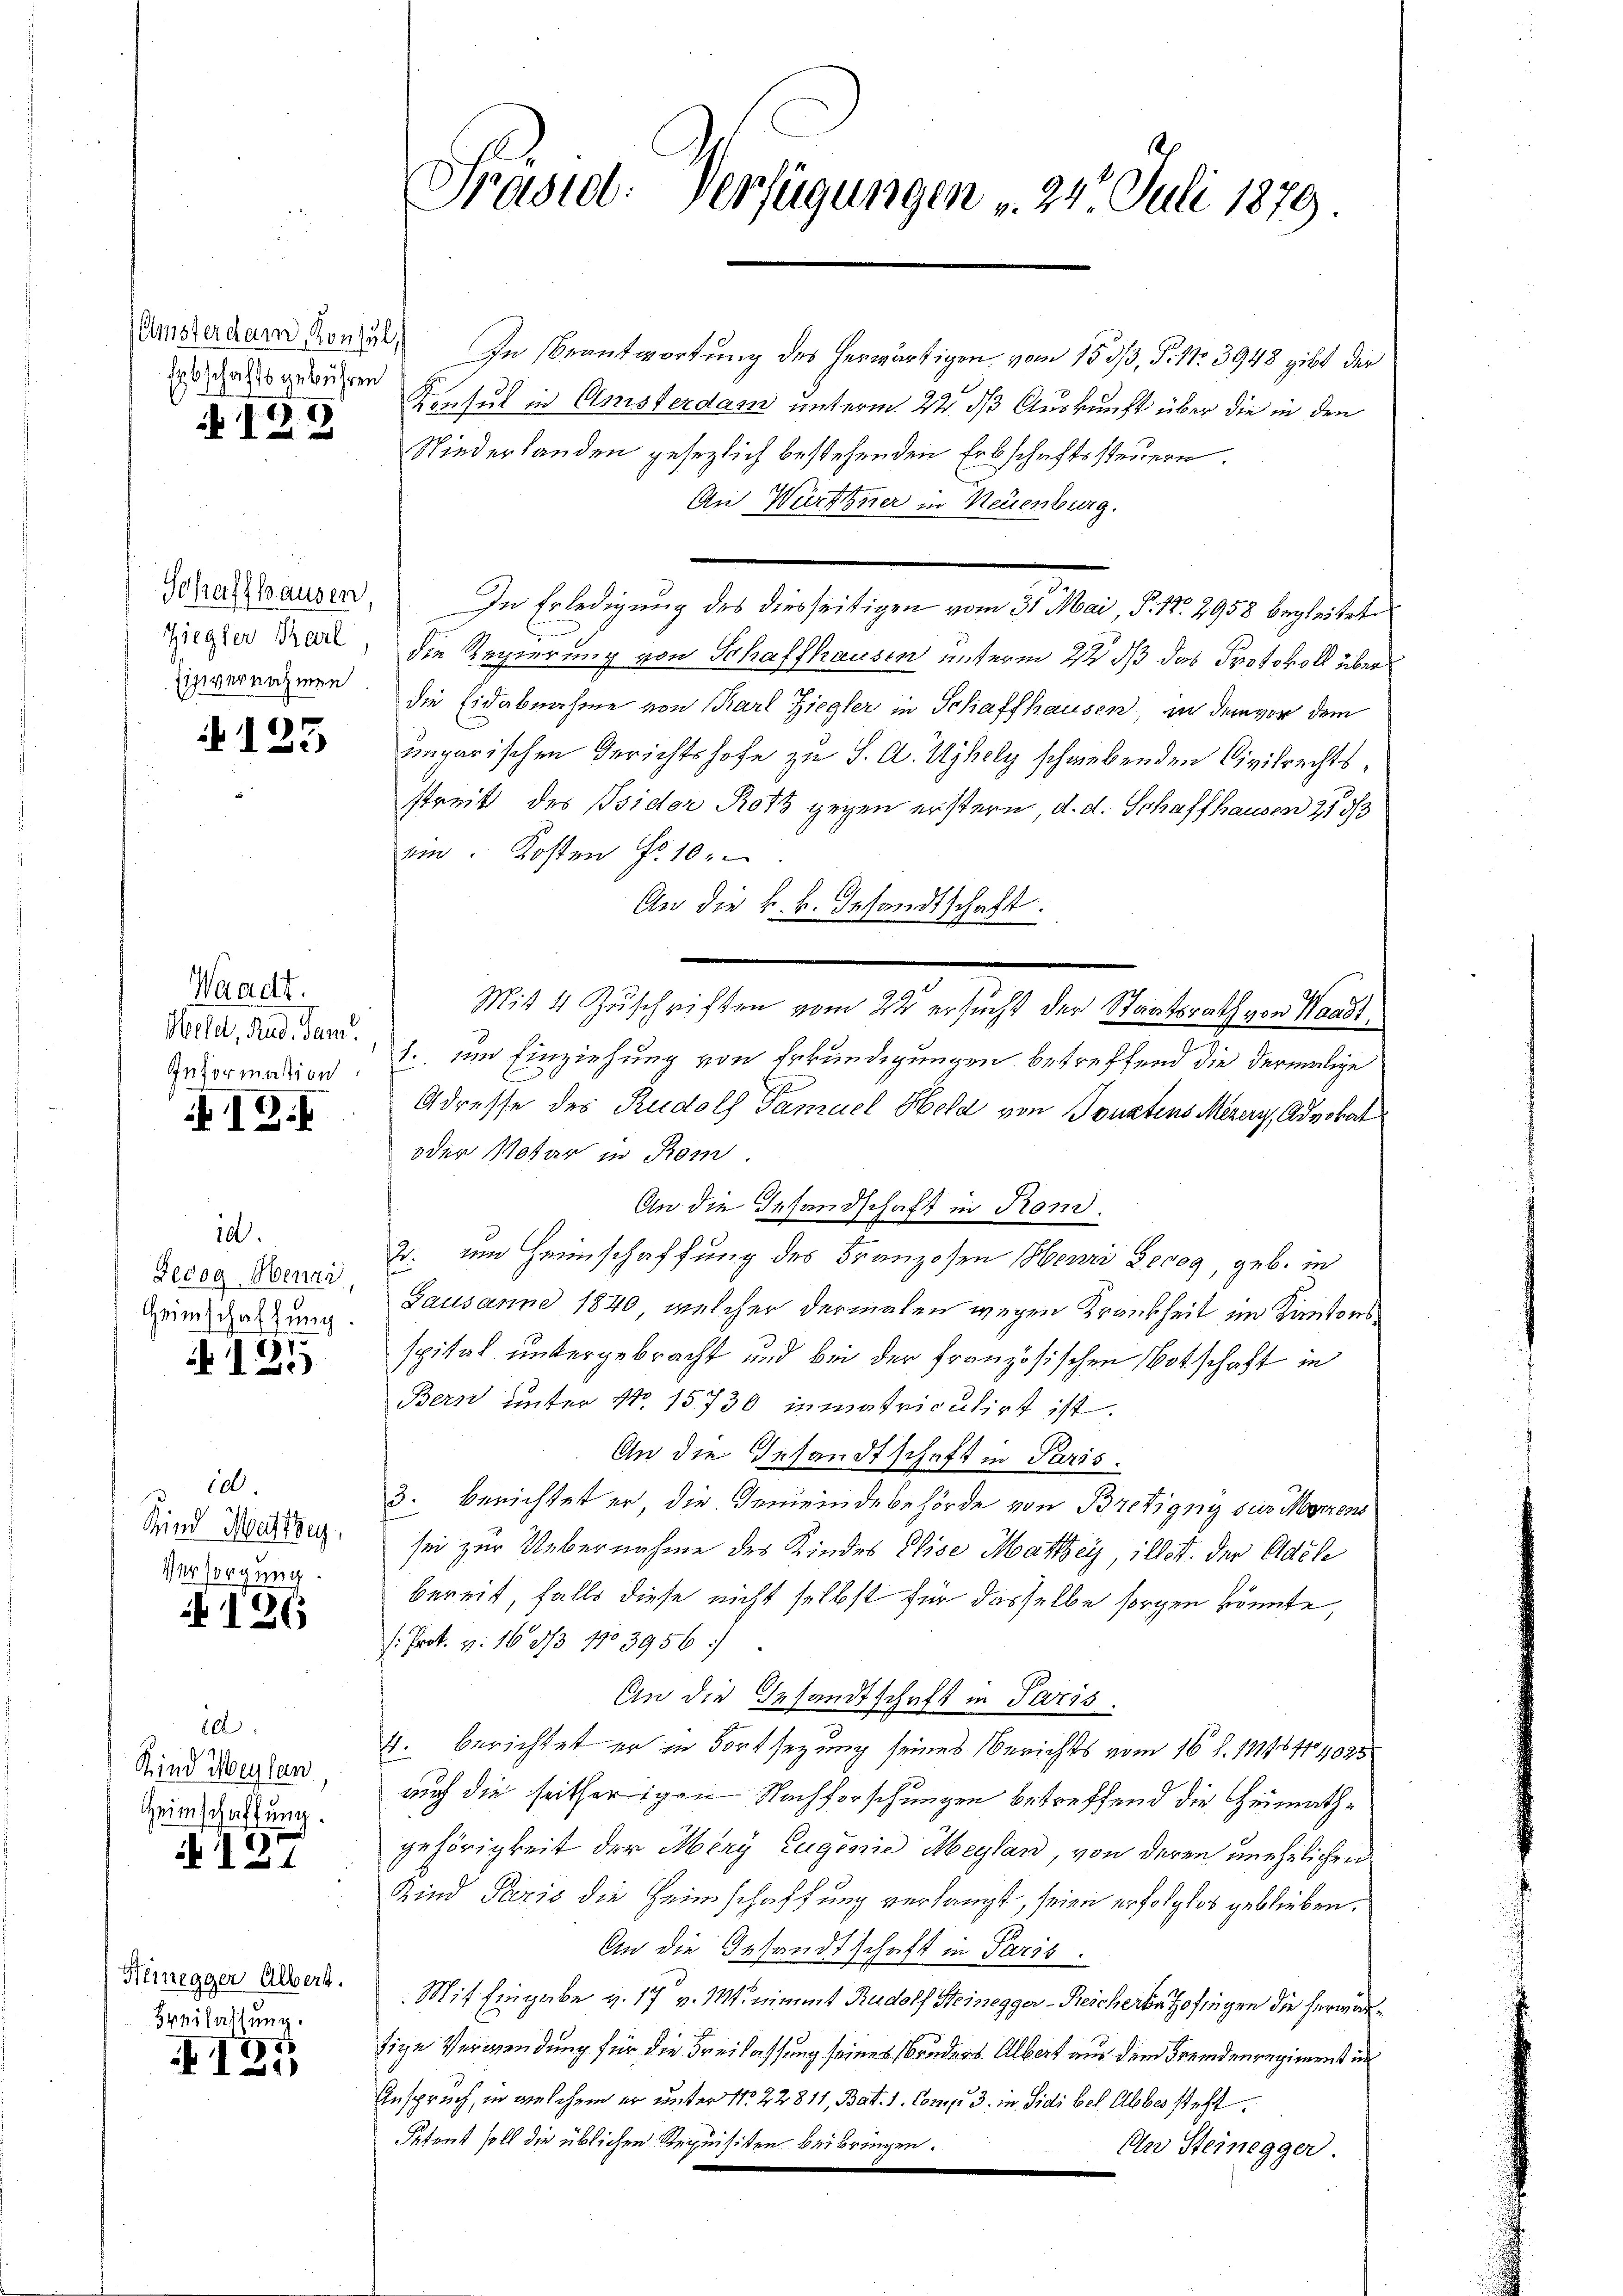
Erbschaftsgebühren

129

Schaffhausen,
Ziegler Karl,
Einvernahmen.

125

Waadt.
Meld, Rud. Sam
Information.

12.

100.
Decog-Henzi
Heimschaftung.

125

100.
Kind Meistbey,
Versorgung.

§ 126

20
Kind Meylen,
Heimschaffung.

Hiinegger Albert.
Breilassung.

135

Präsid. Verfügungen 24. Juli 1879.

Dunsterdam Konzen. In Beantwortung des herwärtigen vom 15. dß, P. Nr. 3943 gibt der
Konsul in Elmisterdam unterm 22. ds Auskunft über die in den
Niederlanden gesezlich bestehenden Erbschaftssteuern.
An Würthner in Neuenburg.
In Erledigung des diesseitigen vom 31. Mai, P. 18. 2958 begleitete
die Regierung von Schaffhausen unterm 2t dß das Protokoll überdie Eidabnahme von Karl Ziegler in Schaffhausen zu dem vor dem
ungarischen Gerichtshofe zu S. A. Ujhely schwebenden Civilrechtsstreit des Psider Roth gegen erstern, d. d. Schaffhausen 25 3/3
ein. Kosten Fr. 10.
An die k. k. Gesandtschaft:
u
1.. um Einziehung von Erkundigungen, betreffend die dermalige
Adresse des Rudolf Tamuel Held von Toustens Mezery, Advokat
oder Notar in Rom
An die Gesandschaft in Kon¬
2. um Heimschaffung des Franzosen Henri Deceg, geb. in
Lausanne 1840, welcher dermalen wegen Krankheit im Kantons
spital untergebracht und bei der französischen Botschaft in
Bern unter No. 15730 in matriculirt ist.
An die Gesandtschaft in Paris
3. berichtet er, die Gemeindebehörde von Bretigny sur Momens
sei zur Uebernahme des Kindes Elise Mattey, illett. der Adele
bereit, falls diese nicht selbst für dasselbe sorgen könnte,
/. Prot. v. 16 1/3 1103956:
An die Gesandtschaft in Paris.
4. berichtet er in Fortsezung seines Berichts vom 16 S. 111/8414025
auch die seitherigen Nachforschungen betreffend die Heimathgehörigkeit der Mery Eugenie Meylan, von deren unehelichen
Kind Paris die Heimschaffung verlangt, seien erfolglos geblieben.
An die Gesandtschaft in Paris.
Mit Eingabe v. 17 v. Mt. nimmt Rudolf Steinegger - Reicherten Hofingen die herwerde
tige Verwendung für die Freilassung seines Bruders Albert aus dem Fremdenregimenst in
Inspruch, in welchem er unter No. 22811, Bat. 1. Comp. 3. in Sidi bel. Abbes steht
Petent soll die üblichen Requisiten beibringen.
An Steinegger.

Mit 4 Zuschriften vom 24 ersucht der Staatsrath von Waadt